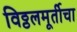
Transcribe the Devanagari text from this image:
विठ्ठलमूर्तीचा